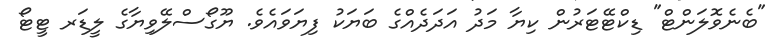
"ބެނެވޮލަންޓް" ޑިކްޓޭޓަރުން ކިޔާ މަދު އަދަދެއްގެ ބަޔަކު ފިޔަވައެވެ. ޔޫގޯސްލޭވިޔާގެ ލީޑަރ ޓީޓޯ